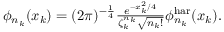
\begin{array} { r } { \phi _ { n _ { k } } ( x _ { k } ) = ( 2 \pi ) ^ { - \frac { 1 } { 4 } } \frac { e ^ { - x _ { k } ^ { 2 } / 4 } } { \zeta _ { k } ^ { n _ { k } } \sqrt { n _ { k } ! } } \phi _ { n _ { k } } ^ { \mathrm { h a r } } ( x _ { k } ) . } \end{array}